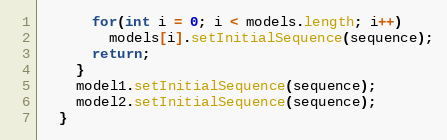
Language: Java
      for(int i = 0; i < models.length; i++)
        models[i].setInitialSequence(sequence);
      return;
    }
    model1.setInitialSequence(sequence);
    model2.setInitialSequence(sequence);
  }